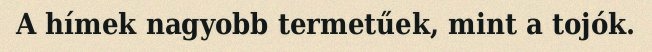
A hímek nagyobb termetűek, mint a tojók.